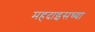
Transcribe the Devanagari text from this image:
महदाइसच्या